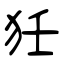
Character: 狅